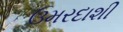
ઉમરદાશી